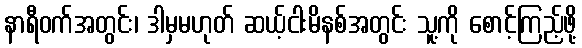
နာရီဝက်အတွင်း၊ ဒါမှမဟုတ် ဆယ့်ငါးမိနစ်အတွင်း သူ့ကို စောင့်ကြည့်ဖို့